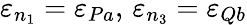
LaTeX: \varepsilon_{n_{1}}=\varepsilon_{Pa},\, \varepsilon_{n_{3}}=\varepsilon_{Qb}